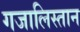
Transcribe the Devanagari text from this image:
गजालिस्तान